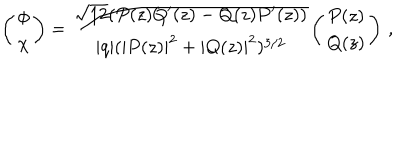
LaTeX: \left( \begin{array} { c } { { \phi } } \\ { { \chi } } \\ \end{array} \right) = \frac { \sqrt { 1 2 } ( P ( z ) Q ^ { \prime } ( z ) - Q ( z ) P ^ { \prime } ( z ) ) } { | q | ( | P ( z ) | ^ { 2 } + | Q ( z ) | ^ { 2 } ) ^ { 3 / 2 } } \left( \begin{array} { c } { { P ( z ) } } \\ { { Q ( z ) } } \\ \end{array} \right) \, ,